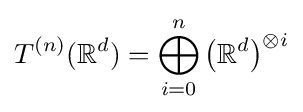
T^{(n)}(\mathbb {R} ^{d})=\bigoplus _{i=0}^{n}{\big (}\mathbb {R} ^{d}{\big )}^{\otimes i}